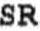
SR